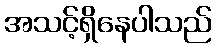
အသင့်ရှိနေပါသည်